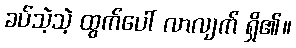
ခပ်သဲ့သဲ့ ထွက်ပေါ် လာလျက် ရှိ၏။